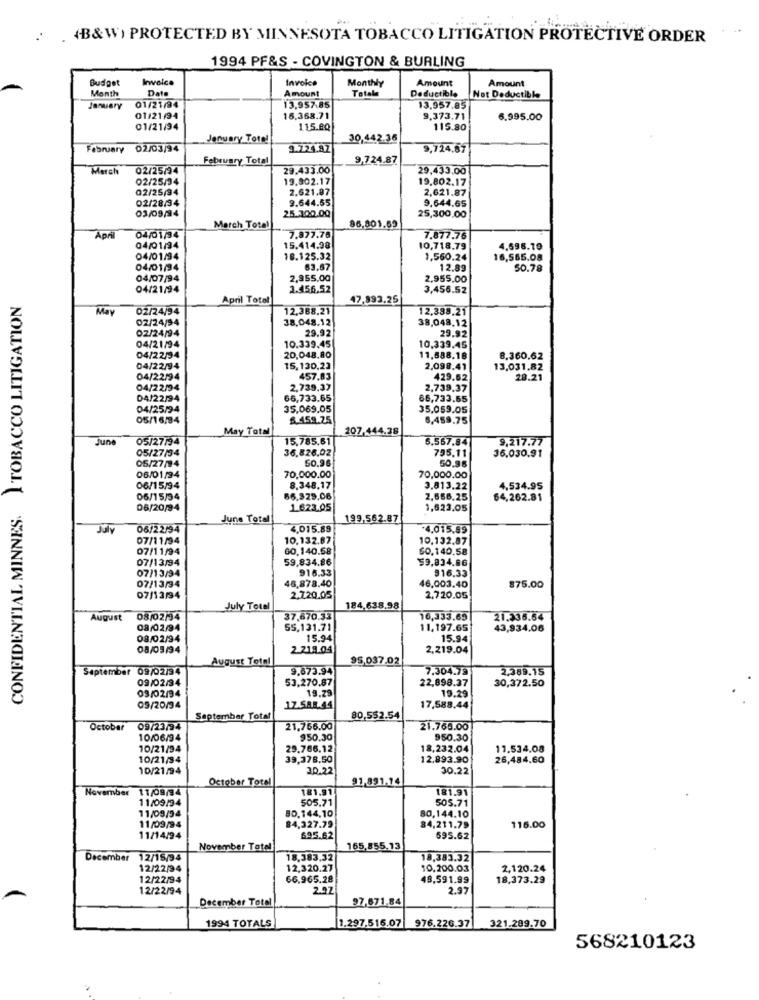
. . (B&W) PROTECTED BY MINNESOTA TOBACCO LITIGATION PROTECTIVE ORDER
1994 PF&S - COVINGTON & BURLING
Budget
Invoice
Invoice
Monthly
Amount
Amount
Month
Date
Amount
Totale
Deductible
Not Deductible
January
01/21/94
13,957.85
13,957.85
01/21/94
16.368.71
9,373.71
6.995.00
01/21/94
115.80
115.80
Jenuary Tore
30,442.36
February
02/03/94
9.724.87
9,724,87
February Total
9,724.87
March
02/25/94
29.433.00
29,433.00
02/25/94
19.802.17
19.802.17
02/25/94
2.621.87
2.621.87
9.644.55
9,644.65
02/28/34
25.300.00
03/09/94
25,300,00
March Total
96,801.69
April
04/01/94
7.877.76
7.877,76
04/01/34
15.414.98
10,718.79
4.596.19
04/01/94
18.125.32
1,560.24
16,565.08
04/01/94
63.67
12.89
50.78
04/07/94
2,955.00
2.955,00
04/21/94
1.456.52
3,456.52
CONFIDENTIAL MINNES. TOBACCO LITIGATION
April Total
47,893.25
May
02/24/94
12,388.21
12,388,21
02/24/94
38.048.12
38,048.12
02/24/94
29.92
29,92
04/21/94
10.339.45
10.339,45
04/22/94
20,048.80
11,888.18
8,360,62
04/22/94
15,130,23
2,098.41
13,031.82
04/22/94
457.83
429.62
28.21
04/22/94
2,739,37
2,739,37
04/22/94
66,733.65
66,733.65
04/25/94
35.069.05
35,059.05
05/16/84
8.459.25
8,459.75
May Total
207,444.38
June
05/27/94
15,785,61
6.567.84
9,217.77
05/27/34
36.826.02
795.11
36,030.91
50.96
05/27/94
50,96
06/01/34
70,000.00
70,000.00
06/15/94
8.348,17
3.813,22
4,534.95
06/15/94
56,329,06
2,656.25
64,262.81
06/20/94
1.623.05
1,623.05
June Total
199.562.87
July
06/22/94
4,015.89
*4.015,89
07/11/94
10.132.87
10.132.87|
07/11/94
60,140.58
60,140.58
07/13/94
59,834.86
$9,834.86
916.33
07/13/94
46,878.40
916.33
07/13/34
46,003.40
875.00
07/13/94
2.720.05
2,720.05
July Total
184.638.98
August
08/02/94
37,670.33
16,333.65
21.336.64
08/02/94
55,131.71
11,197.65
43,934.06
08/02/94
15.94
15.94
08/03/94
2.219.04
2,219.04
August Total
95,037.02
September 09/02/34
9,873.94
7.304.79
2,389.15
09/02/94
53,270.87
22,898.37
30,372.50
09/02/94
19.29
19.29
09/20/94
17.588.44
17,588.44
September Total
80,552.54
October
09/23/94
21,766.00
21.768.00
10/06/94
$50.30
950.30
10/21/94
29.766.12
18,232.04
11.534.08
10/21/94
39,378.50
12,893.90
26,484.60
10/21/94
30.22
30.22
October Total
91,891.14
November
11/09/34
181.91
181.91
11/09/94
505.71
505.71
11/09/94
80.144,10
80,144.10
11/09/94
84,327.79
84,211.79
116.00
11/14/94
695.62
695.62
November Total
165,855.13
December 12/15/94
12/15/94
18.383,32
18,383.32
12/22/94
12,320.27
10,200.03
2,120.24
12/22/94
66,965.28
49,591.99
18.373.29
12/22/94
2.92
2.97
December Total
97,671.84
1994 TOTALS
1.297,516.07 976.226.37
321.289.70
568210123